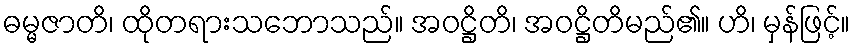
ဓမ္မဇာတိ၊ ထိုတရားသဘောသည်။ အဝဋ္ဌိတိ၊ အဝဋ္ဌိတိမည်၏။ ဟိ၊ မှန်ဖြင့်။